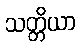
သတ္တိယာ